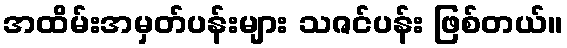
အထိမ်းအမှတ်ပန်းများ သဇင်ပန်း ဖြစ်တယ်။